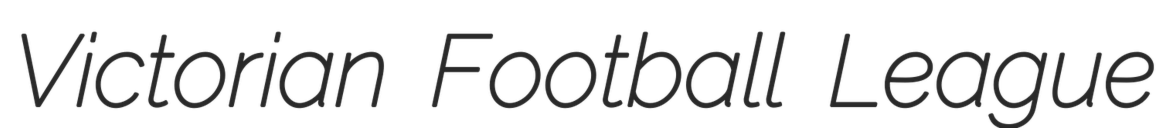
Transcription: Victorian Football League